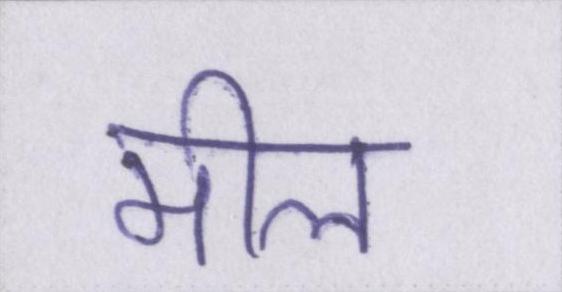
मील